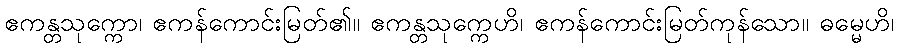
ဧကန္တသုက္ကော၊ ဧကန်ကောင်းမြတ်၏။ ဧကန္တသုက္ကေဟိ၊ ဧကန်ကောင်းမြတ်ကုန်သော။ ဓမ္မေဟိ၊